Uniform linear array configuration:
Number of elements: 64
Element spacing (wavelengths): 0.75
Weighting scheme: hann
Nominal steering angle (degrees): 30
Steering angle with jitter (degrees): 29.836
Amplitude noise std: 0.05
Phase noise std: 0.05

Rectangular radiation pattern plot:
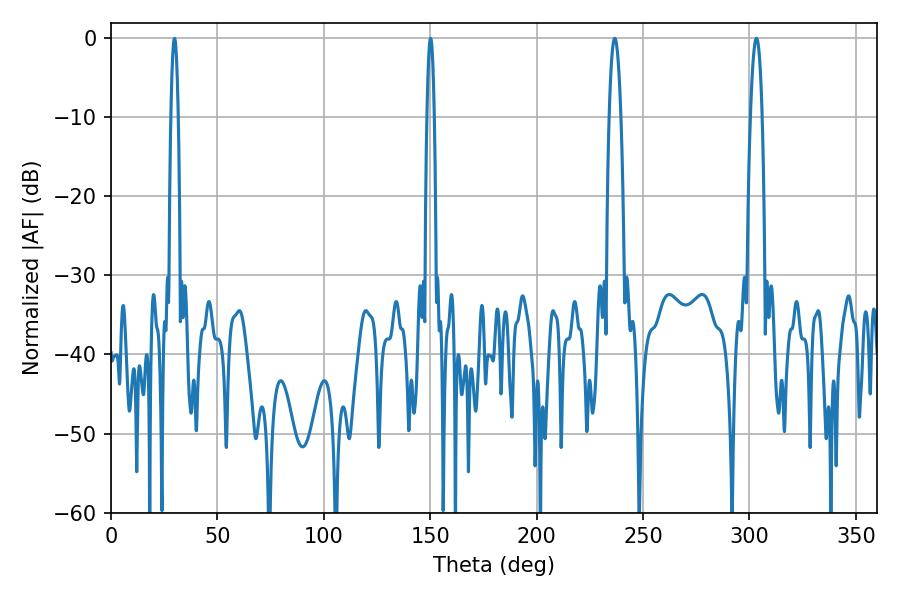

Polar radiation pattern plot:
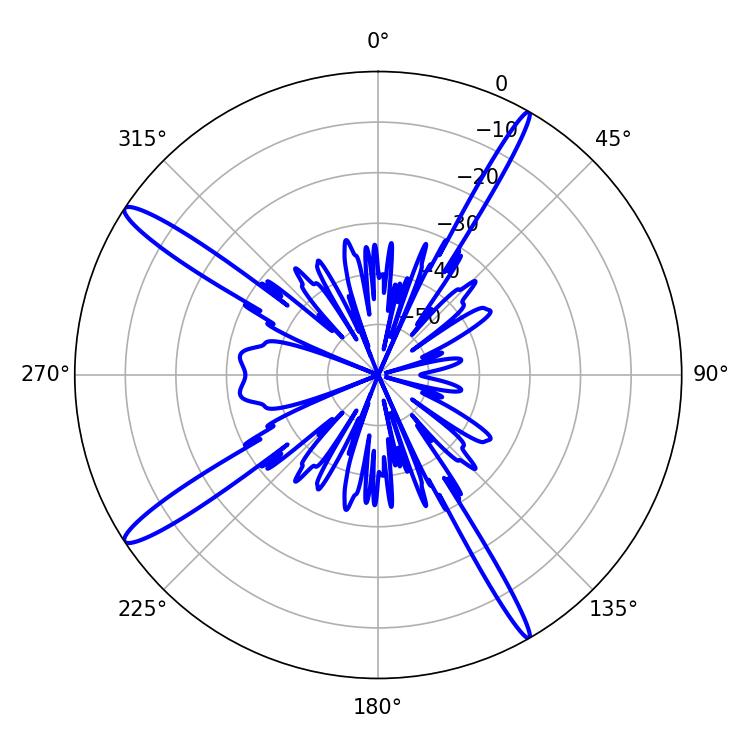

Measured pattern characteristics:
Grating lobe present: TRUE
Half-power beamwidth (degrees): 3.06
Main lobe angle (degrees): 236.7